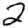
Digit: 2